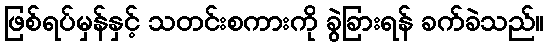
ဖြစ်ရပ်မှန်နှင့် သတင်းစကားကို ခွဲခြားရန် ခက်ခဲသည်။